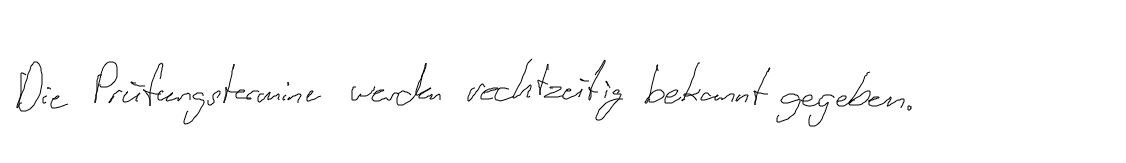
Die Prüfungstermine werden rechtzeitig bekannt gegeben.